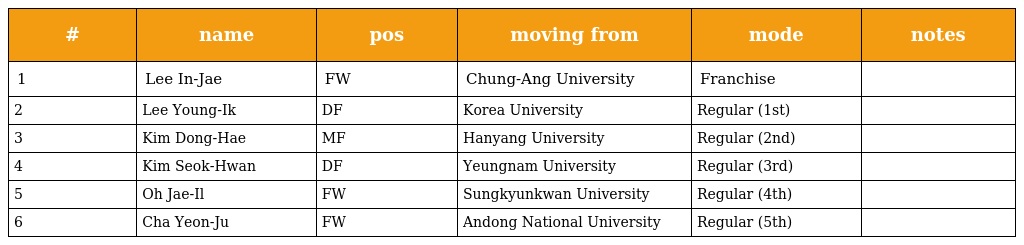
| # | name | pos | moving from | mode | notes |
 | --- | --- | --- | --- | --- | --- |
 | 1 | Lee In-Jae | FW | Chung-Ang University | Franchise |  |
 | 2 | Lee Young-Ik | DF | Korea University | Regular (1st) |  |
 | 3 | Kim Dong-Hae | MF | Hanyang University | Regular (2nd) |  |
 | 4 | Kim Seok-Hwan | DF | Yeungnam University | Regular (3rd) |  |
 | 5 | Oh Jae-Il | FW | Sungkyunkwan University | Regular (4th) |  |
 | 6 | Cha Yeon-Ju | FW | Andong National University | Regular (5th) |  |